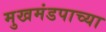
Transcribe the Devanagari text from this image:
मुखमंडपाच्या